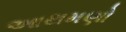
આથમણો